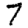
Digit: 7